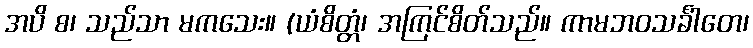
အပိ စ၊ သည်သာ မကသေး။ (ယံစိတ္တံ၊ အကြင်စိတ်သည်။ ကာမဘဝသင်္ခါတေ၊